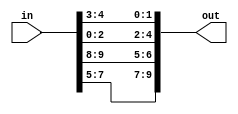
module RotL2 (in, out);
input [0:9] in;
output [0:9] out;

assign out = {in[3-1], in[4-1], in[5-1], in[1-1], in[2-1], in[8-1], in[9-1], in[10-1], in[6-1], in[7-1]}; 
endmodule